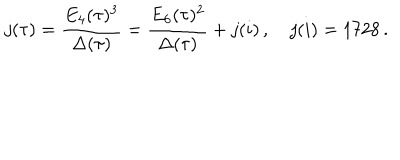
LaTeX: j ( \tau ) = \frac { E _ { 4 } ( \tau ) ^ { 3 } } { \Delta ( \tau ) } = \frac { E _ { 6 } ( \tau ) ^ { 2 } } { \Delta ( \tau ) } + j ( i ) \, , \quad j ( i ) = 1 7 2 8 \, .